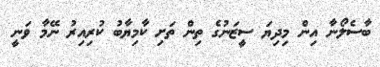
ބާސެލޯނާ އިން މިދިޔަ ސީޒަނުގެ ތިން ތަށި ކާމިޔާބު ކުރިއިރު ނޭމާ ވަނީ